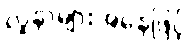
လူနာများအနေဖြင့်